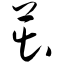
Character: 茁